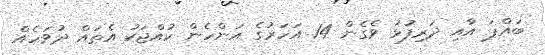
ބައްޕަ އާއި ދަރިފުޅު ވެގެން 14 އަހަރުގެ އަންހެން ކުއްޖަކު އެތައް ދުވަހެއް